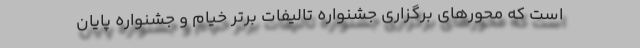
است که محورهای برگزاری جشنواره تالیفات برتر خیام و جشنواره پایان‌